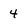
Character: 4